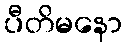
ပီတိမနော